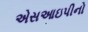
એસઆઇપીનો